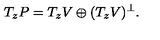
T _ { z } P = T _ { z } V \oplus ( T _ { z } V ) \sp \perp .